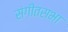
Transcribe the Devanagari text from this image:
संगीतसभा